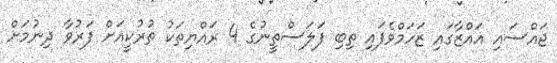
ޖައްސައި ޣައްޒާގައި ޒަހަމްވެފައި ތިބި ފަލަސްތީނުގެ 4 ރައްޔިތަކު ތުރުކީއަށް ފަރުވާ ދިނުމަށް